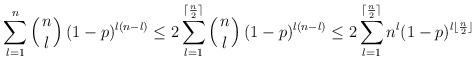
LaTeX: \begin{align*}\sum_{l=1}^n \left(n \atop l \right)(1 - p)^{l(n-l)} \leq 2\sum_{l=1}^{\lceil \frac{n}{2} \rceil} \left(n \atop l \right)(1 - p)^{l(n-l)}\leq 2\sum_{l=1}^{\lceil \frac{n}{2} \rceil} n^l (1 - p)^{l \lfloor \frac{n}{2} \rfloor}\end{align*}